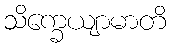
သိက္ခေယျာမာတိ